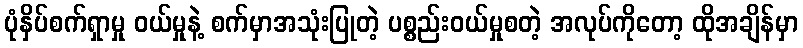
ပုံနှိပ်စက်ရှာမှု ဝယ်မှုနဲ့ စက်မှာအသုံးပြုတဲ့ ပစ္စည်းဝယ်မှုစတဲ့ အလုပ်ကိုတော့ ထိုအချိန်မှာ